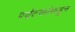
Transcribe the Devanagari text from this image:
पर्यटकांकडून